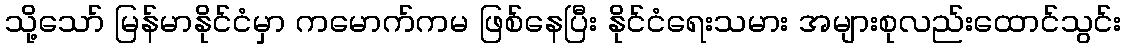
သို့သော် မြန်မာနိုင်ငံမှာ ကမောက်ကမ ဖြစ်နေပြီး နိုင်ငံရေးသမား အများစုလည်းထောင်သွင်း